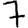
Digit: 7